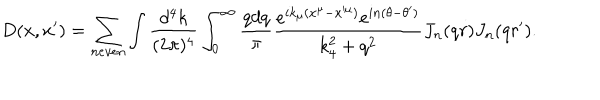
D ( x , x ^ { \prime } ) = \sum _ { n e v e n } \int { \frac { d ^ { 4 } k } { ( 2 \pi ) ^ { 4 } } } \int _ { 0 } ^ { \infty } { \frac { q d q } { \pi } } { \frac { e ^ { i k _ { \mu } ( x ^ { \mu } - x ^ { \mu } ) } e ^ { i n ( \theta - \theta ^ { \prime } ) } } { k _ { 4 } ^ { 2 } + q ^ { 2 } } } J _ { n } ( q r ) J _ { n } ( q r ^ { \prime } ) .